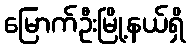
မြောက်ဦးမြို့နယ်ရှိ